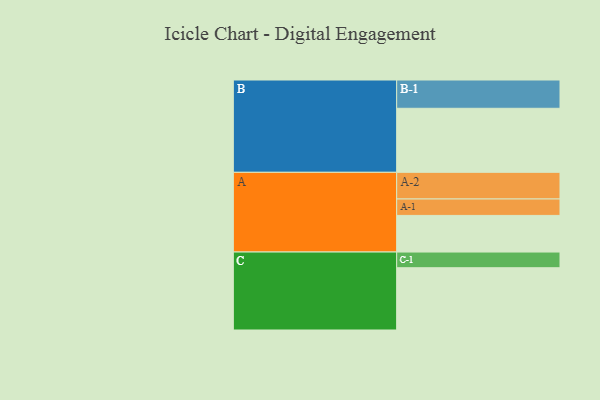
{"axis": {"x": "Segment", "y": "Value"}, "legend": ["", "A", "B", "C"], "data": [{"x": "A", "y": 334, "type": ""}, {"x": "B", "y": 584, "type": ""}, {"x": "C", "y": 568, "type": ""}, {"x": "A-1", "y": 150, "type": "A"}, {"x": "A-2", "y": 243, "type": "A"}, {"x": "B-1", "y": 258, "type": "B"}, {"x": "C-1", "y": 143, "type": "C"}]}